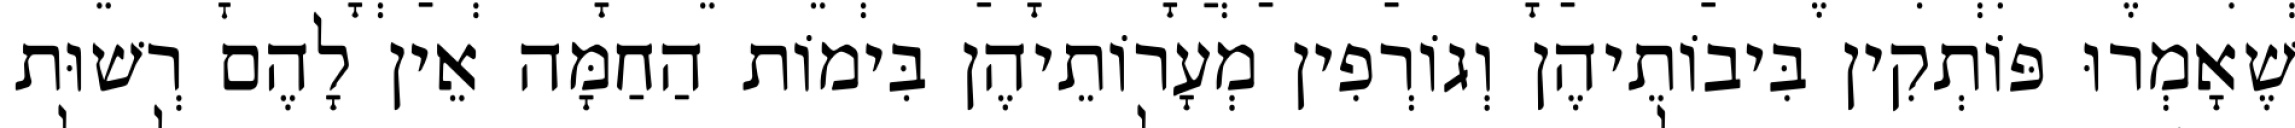
שֶׁאָמְרוּ פּוֹתְקִין בִּיבוֹתֵיהֶן וְגוֹרְפִין מְעָרוֹתֵיהֶן בִּימוֹת הַחַמָּה אֵין לָהֶם רְשׁוּת